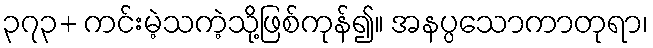
၃၇၃+ ကင်းမဲ့သကဲ့သို့ဖြစ်ကုန်၍။ အနပ္ပသောကာတုရာ၊